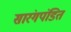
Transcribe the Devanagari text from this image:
सारंगपंडित